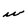
Character: w